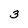
Character: 3